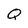
Character: Q